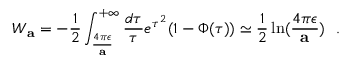
W _ { \bf a } = - { \frac { 1 } { 2 } } \int _ { \frac { 4 \pi \epsilon } { \bf a } } ^ { + \infty } { \frac { d \tau } { \tau } } e ^ { \tau ^ { 2 } } ( 1 - \Phi ( \tau ) ) \simeq { \frac { 1 } { 2 } } \ln ( { \frac { 4 \pi \epsilon } { \bf a } } ) ~ ~ .